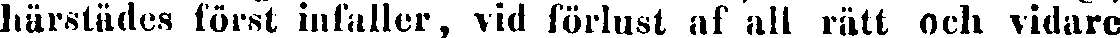
härstädes först infaller, vid förlust af all rätt och vidare